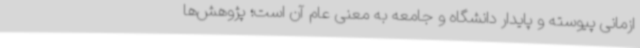
ازمانی پیوسته و پایدار دانشگاه و جامعه به معنی عام آن است؛ پژوهش‌ها